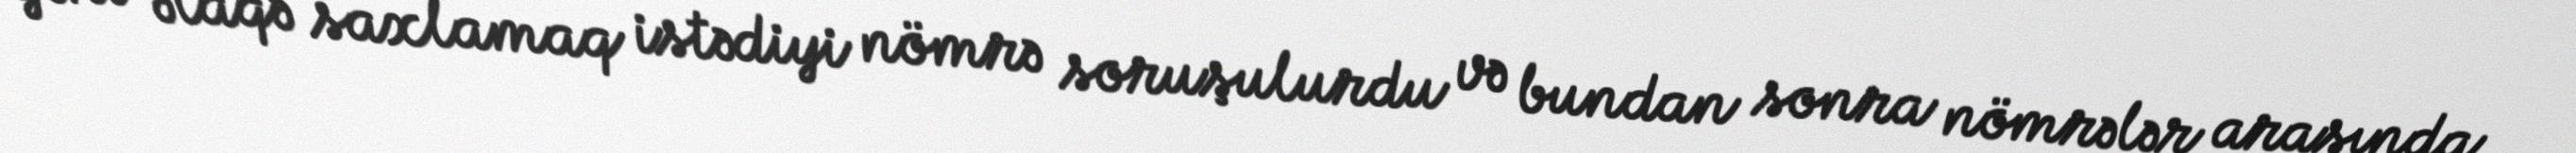
yəni əlaqə saxlamaq istədiyi nömrə soruşulurdu və bundan sonra nömrələr arasında